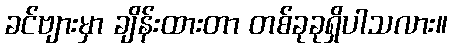
ခင်ဗျားမှာ ချိန်းထားတာ တစ်ခုခုရှိပါသလား။